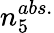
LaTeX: n_{5}^{abs.}